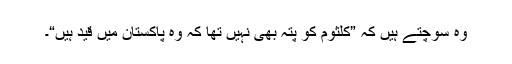
وہ سوچتے ہیں کہ ”کلثوم کو پتہ بھی نہیں تھا کہ وہ پاکستان میں قید ہیں“۔